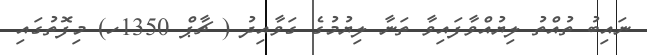
ނައިބު ތުއްތު ލިޔުއްވާފައިވާ ތަނާ ލިޔުމުގެ ގަވާއިދު ( ޗާޕް 1350ހ) މިފޮތުގައި